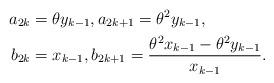
LaTeX: \begin{align*}a_{2k} & =\theta y_{k-1},a_{2k+1}=\theta^{2}y_{k-1},\\b_{2k} & =x_{k-1},b_{2k+1}=\frac{\theta^{2}x_{k-1}-\theta^{2}y_{k-1}}{x_{k-1}}.\end{align*}